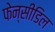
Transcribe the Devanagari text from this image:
फेन्सीडिल